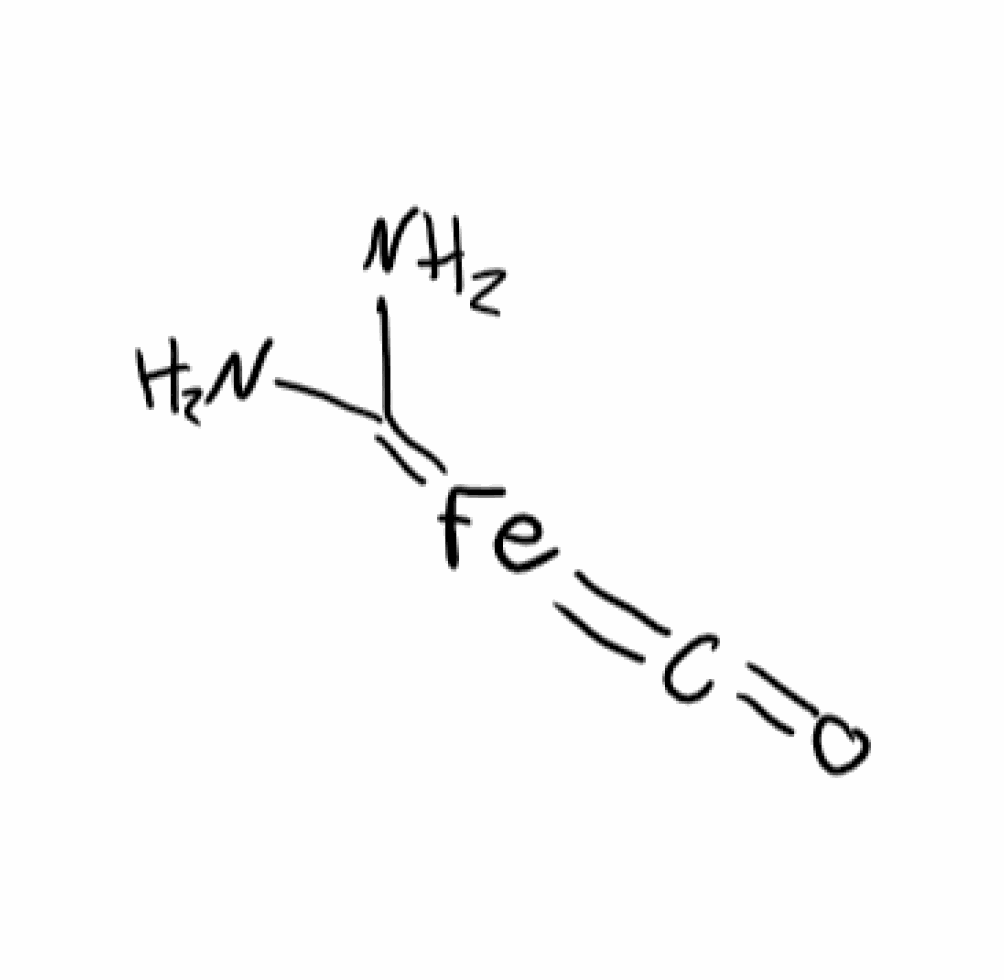
Simplified molecular-input line-entry system (SMILES) notation of the given molecule:
C(=O)=[Fe]=C(N)N